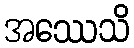
အဿေသိ